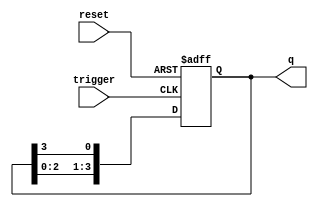
module async_ring_counter (
    input wire reset,      // Asynchronous reset signal
    input wire trigger,    // Input trigger for state transition
    output reg [n-1:0] q   // Output state of the ring counter
);
    parameter n = 4; // Number of flip-flops (can be adjusted based on requirements)

    // Internal signal to hold the next state
    reg [n-1:0] next_q;

    always @(posedge trigger or posedge reset) begin
        if (reset) begin
            // Initialize the counter to the first state (0001)
            q <= 1'b1; // Only the first flip-flop is set
        end else begin
            // Shift the '1' through the flip-flops
            next_q = {q[n-2:0], q[n-1]}; // Shift left and wrap around
            q <= next_q;
        end
    end
endmodule